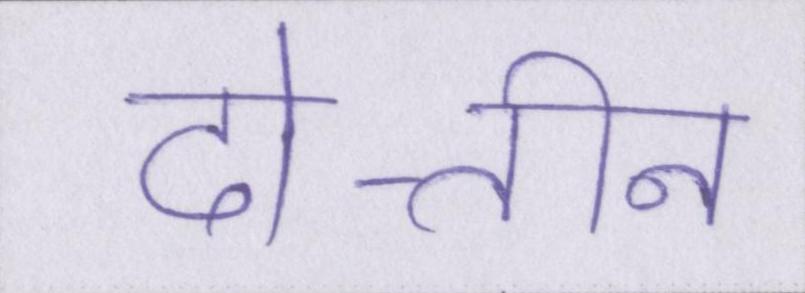
दो-तीन